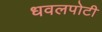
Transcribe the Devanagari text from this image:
धवलपोटी